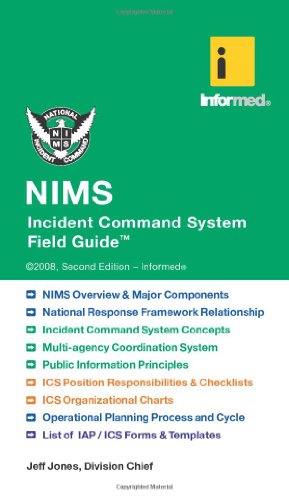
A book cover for NIMS Incident Command System Field Guide; Informed; Law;